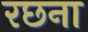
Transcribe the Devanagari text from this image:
रछना